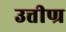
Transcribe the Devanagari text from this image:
उत्तीण्र